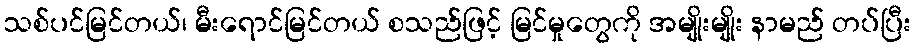
သစ်ပင်မြင်တယ်၊ မီးရောင်မြင်တယ် စသည်ဖြင့် မြင်မှုတွေကို အမျိုးမျိုး နာမည် တပ်ပြီး